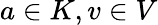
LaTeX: a\in K,v\in V